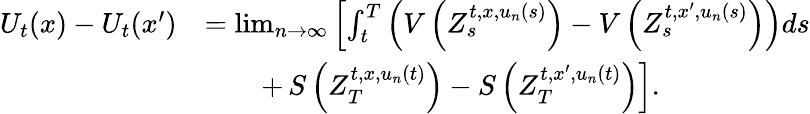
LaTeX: \begin{array}{rl}{U_{t}(x)-U_{t}(x^{\prime})}&{=\operatorname*{lim}_{n\to\infty}\left[\int_{t}^{T}\left(V\left(Z_{s}^{t,x,u_{n}(s)}\right)-V\left(Z_{s}^{t,x^{\prime},u_{n}(s)}\right)\right)ds\right.}\\ &{\qquad+\left.S\left(Z_{T}^{t,x,u_{n}(t)}\right)-S\left(Z_{T}^{t,x^{\prime},u_{n}(t)}\right)\right].}\end{array}